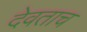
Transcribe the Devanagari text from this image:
देवताच